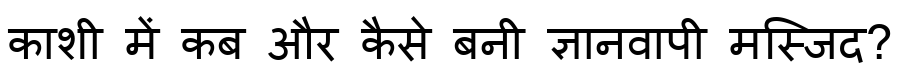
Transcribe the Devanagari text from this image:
काशी में कब और कैसे बनी ज्ञानवापी मस्जिद?